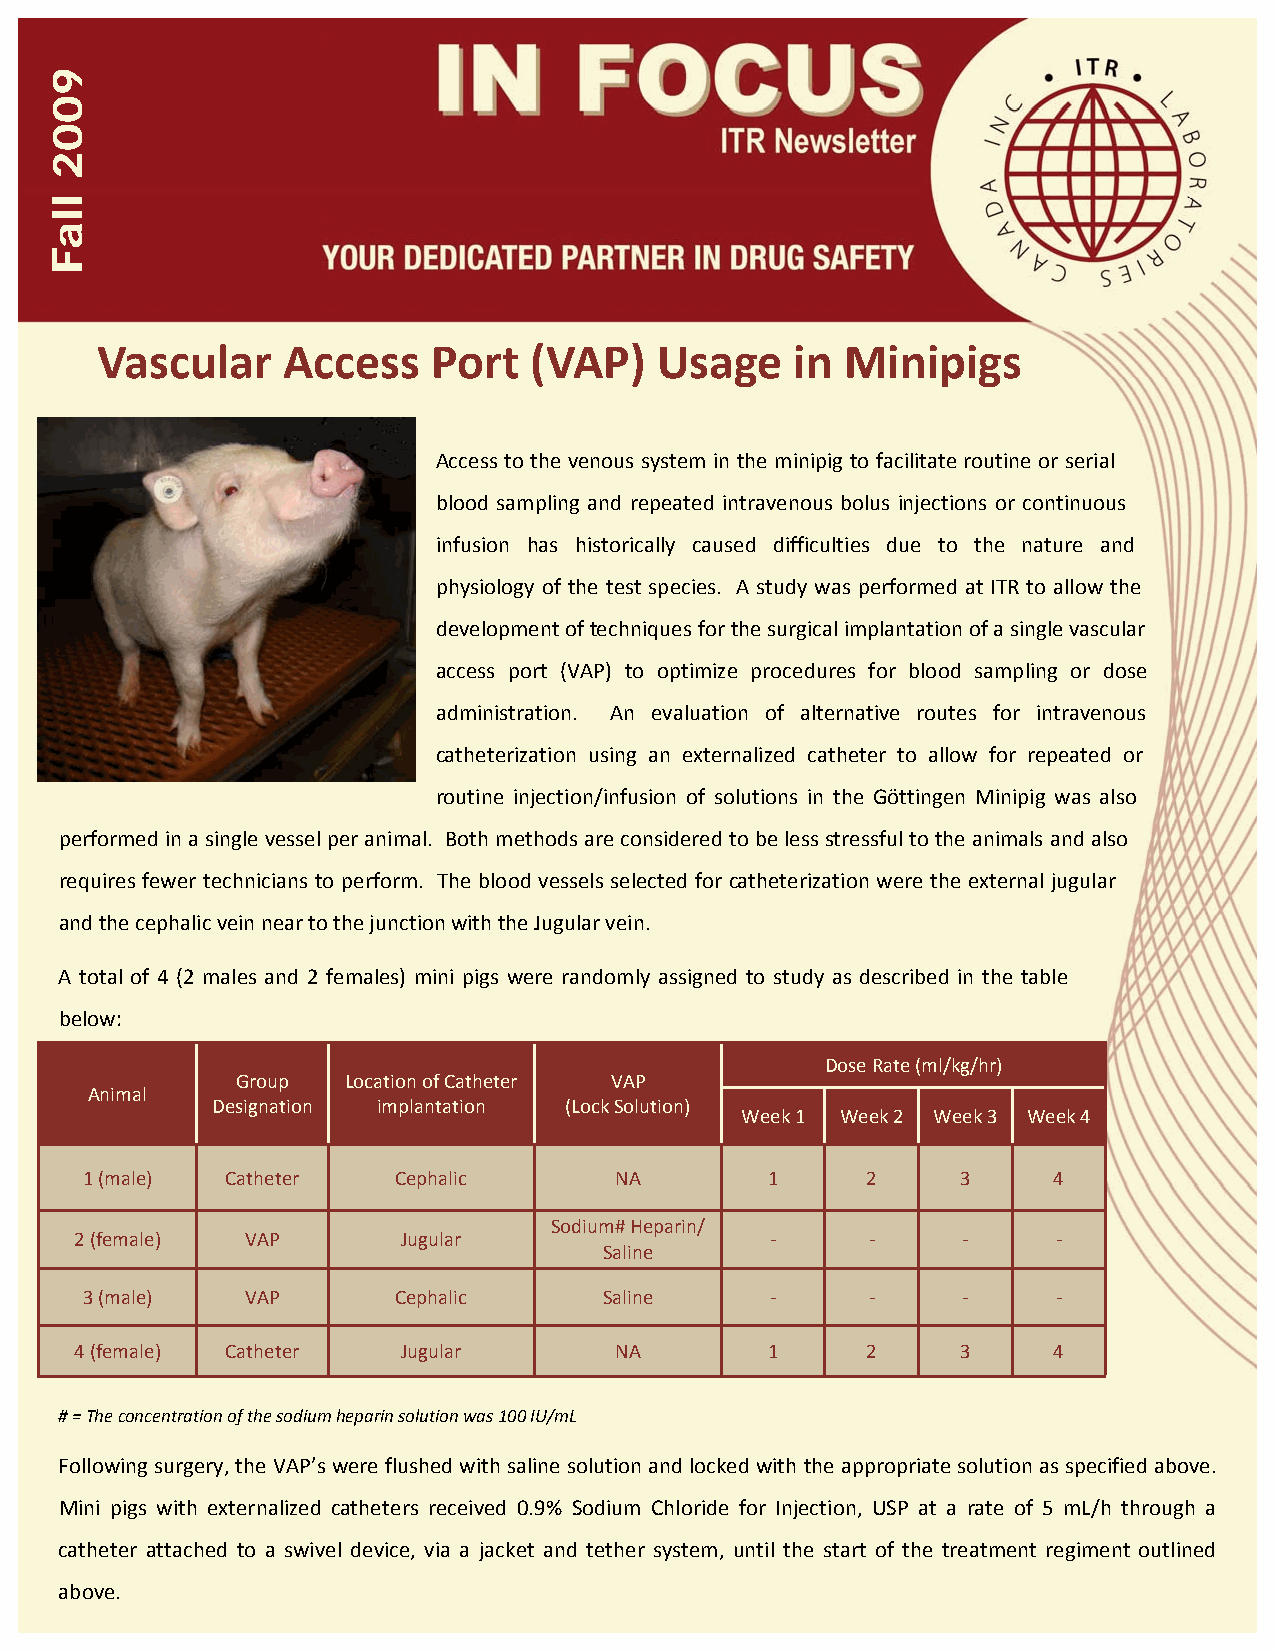
Vascular     Access    Port  (VAP)   Usage     in Minipigs
 Access to the venous system in the minipig to facilitate routine or serial
 blood sampling and repeated intravenous bolus injections or continuous
 infusion has historically caused difficulties due to the nature and
 physiology of the test species. A study was performed at ITR to allow the
 development of techniques for the surgical implantation of a single vascular
 access port (VAP) to optimize procedures for blood sampling or dose
 administration. An evaluation of alternative routes for intravenous
 catheterization using an externalized catheter to allow for repeated or
 routine injection/infusion of solutions in the Göttingen Minipig was also
 performed in a single vessel per animal. Both methods are considered to be less stressful to the animals and also
 requires fewer technicians to perform. The blood vessels selected for catheterization were the external jugular
 and the cephalic vein near to the junction with the Jugular vein.
 A total of 4 (2 males and 2 females) mini pigs were randomly assigned to study as described in the table
 below:
 Dose Rate (ml/kg/hr)
 Group  Location of Catheter VAP
 Animal
 Designation implantation (Lock Solution)
 Week 1 Week 2 Week 3 Week 4
 1 (male)  Catheter   Cephalic       NA        1     2      3     4
 Sodium# Heparin/
 2 (female) VAP        Jugular                 ‐      ‐     ‐     ‐
 Saline
 3 (male)   VAP       Cephalic      Saline     ‐      ‐     ‐     ‐
 4 (female) Catheter   Jugular       NA        1     2      3     4
 # = The concentration of the sodium heparin solution was 100 IU/mL
 Following surgery, the VAP’s were flushed with saline solution and locked with the appropriate solution as specified above.
 Mini pigs with externalized catheters received 0.9% Sodium Chloride for Injection, USP at a rate of 5 mL/h through a
 catheter attached to a swivel device, via a jacket and tether system, until the start of the treatment regiment outlined
 above.
 9002
 llaF